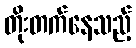
တိုးတက်နေသည့်